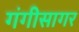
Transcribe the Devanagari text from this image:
गंगीसागर